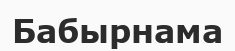
Бабырнама